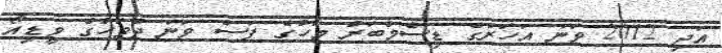
އަދި 2012 ވަނަ އަހަރުގެ ޑިސެމްބަރު މަހުގެ ފަސް ވަނަ ދުވަހުގެ ވީޑިއޯ